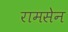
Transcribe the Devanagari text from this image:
रामसेन